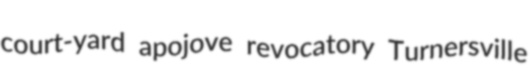
court-yard apojove revocatory Turnersville